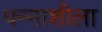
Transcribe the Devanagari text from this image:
पन्नाशीला